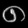
Digit: ၈